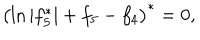
\left( \ln | f _ { 5 } ^ { \ast } | + f _ { 5 } - f _ { 4 } \right) ^ { \ast } = 0 ,